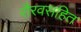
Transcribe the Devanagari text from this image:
रौरवसहित